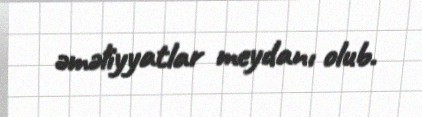
əməliyyatlar meydanı olub.